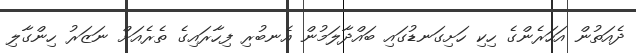
ދެއަތުން އަހަރެންގެ ހިކި ހަށިގަނޑުގައި ބައްދާލަމުން އެނބުރި ފިހާރައިގެ ތެރެއަށް ނަޒަރު ހިންގާލި